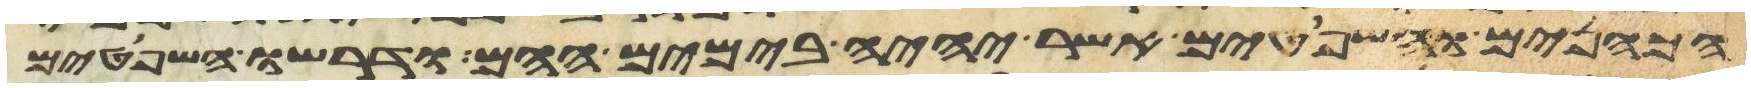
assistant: הכהנים והשפטים אשר יהיה בימים ההם ודרשו השפטים